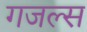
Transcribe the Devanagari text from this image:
गजल्स